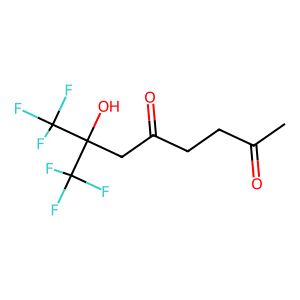
SMILES: CC(=O)CCC(=O)CC(O)(C(F)(F)F)C(F)(F)F
Inhibits HIV replication: No